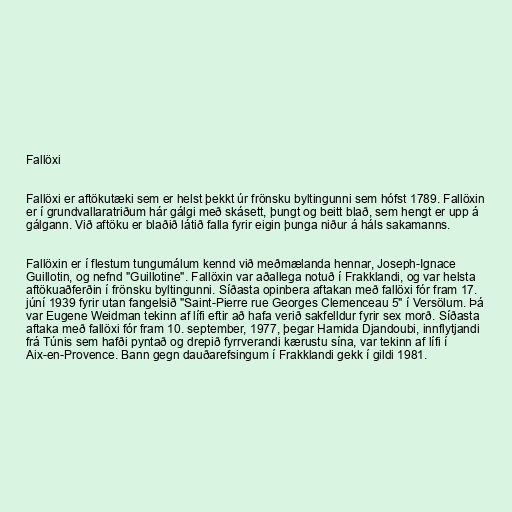
Fallöxi

Fallöxi er aftökutæki sem er helst þekkt úr frönsku byltingunni sem hófst 1789. Fallöxin
er í grundvallaratriðum hár gálgi með skásett, þungt og beitt blað, sem hengt er upp á
gálgann. Við aftöku er blaðið látið falla fyrir eigin þunga niður á háls sakamanns.

Fallöxin er í flestum tungumálum kennd við meðmælanda hennar, Joseph-Ignace
Guillotin, og nefnd "Guillotine". Fallöxin var aðallega notuð í Frakklandi, og var helsta
aftökuaðferðin í frönsku byltingunni. Síðasta opinbera aftakan með fallöxi fór fram 17.
júní 1939 fyrir utan fangelsið "Saint-Pierre rue Georges Clemenceau 5" í Versölum. Þá
var Eugene Weidman tekinn af lífi eftir að hafa verið sakfelldur fyrir sex morð. Síðasta
aftaka með fallöxi fór fram 10. september, 1977, þegar Hamida Djandoubi, innflytjandi
frá Túnis sem hafði pyntað og drepið fyrrverandi kærustu sína, var tekinn af lífi í
Aix-en-Provence. Bann gegn dauðarefsingum í Frakklandi gekk í gildi 1981.